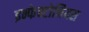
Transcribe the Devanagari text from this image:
इन्फेक्टोनियस